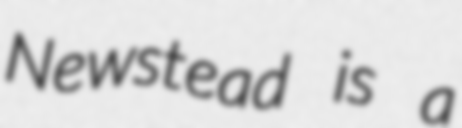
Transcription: Newstead is a